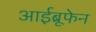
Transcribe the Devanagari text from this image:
आईब्रूफेन